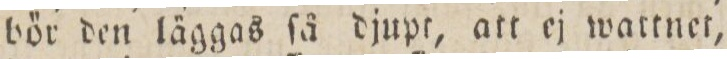
bör den läggas ſå djupt, att ej wattnet,